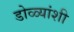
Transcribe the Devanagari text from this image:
डोळ्यांशी